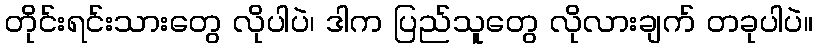
တိုင်းရင်းသားတွေ လိုပါပဲ၊ ဒါက ပြည်သူတွေ လိုလားချက် တခုပါပဲ။